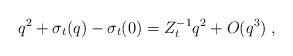
LaTeX: \begin{align*}q^2 + \sigma_t ( q) - \sigma_t ( 0 ) = Z_t^{-1} q^2 + O ( q^3) \; , \end{align*}